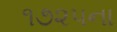
૧૭૨૫ના